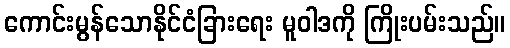
ကောင်းမွန်သောနိုင်ငံခြားရေး မူဝါဒကို ကြိုးပမ်းသည်။